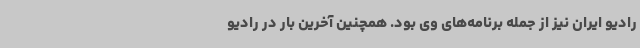
رادیو ایران نیز از جمله برنامه‌های وی بود. همچنین آخرین بار در رادیو